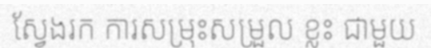
ស្វែងរក ការសម្រុះសម្រួល ខ្លះ ជាមួយ